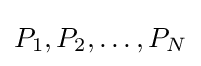
P_{1},P_{2},\dots ,P_{N}